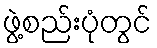
ဖွဲ့စည်းပုံတွင်